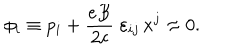
\phi _ { i } \equiv p _ { i } + \frac { e B } { 2 c } \; \varepsilon _ { i j } \, x ^ { j } \approx 0 .